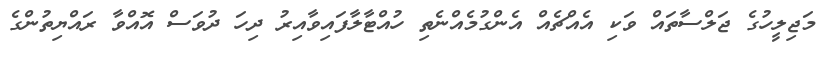
މަޖިލީހުގެ ޖަލްސާތައް ވަކި އެއްޗެއް އެންގުމެއްނެތި ހުއްޓާލާފައިވާއިރު ދިހަ ދުވަސް އޮއްވާ ރައްޔިތުންގެ